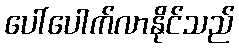
ပေါ်ပေါက်လာနိုင်သည်